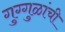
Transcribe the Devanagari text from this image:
गुग्गुळांची